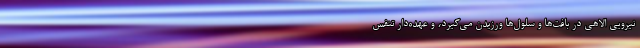
نیرویی الاهی در بافت‌ها و سلول‌ها ورزیدن می‌گیرد، و عهده‌دار تنفس